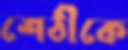
শেঠীকে